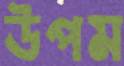
উপম